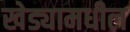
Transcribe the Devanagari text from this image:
खेड्यामधील